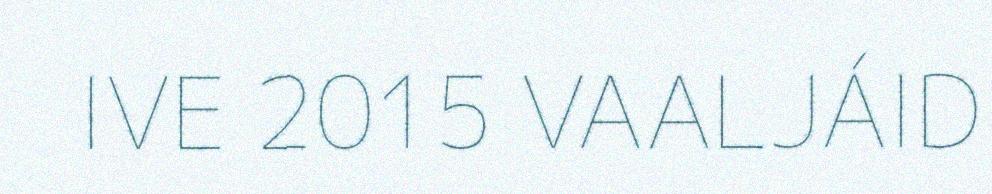
IVE 2015 VAALJÁID